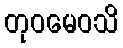
တုဝမေဝသိ